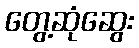
တွေ့ဆုံဆွေး